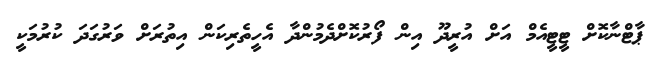
ޕާޓްނާކޮށް ޓީޓީއެމް އަށް އުރީދޫ އިން ފޯރުކޮށްދެމުންދާ އެހީތެރިކަން އިތުރަށް ވަރުގަދަ ކުރުމަކީ